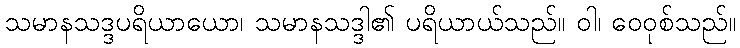
သမာနသဒ္ဒပရိယာယော၊ သမာနသဒ္ဒါ၏ ပရိယာယ်သည်။ ဝါ၊ ဝေဝုစ်သည်။